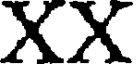
XX